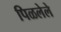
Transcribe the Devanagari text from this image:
पिळलेले